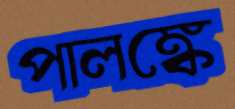
পালঙ্কে